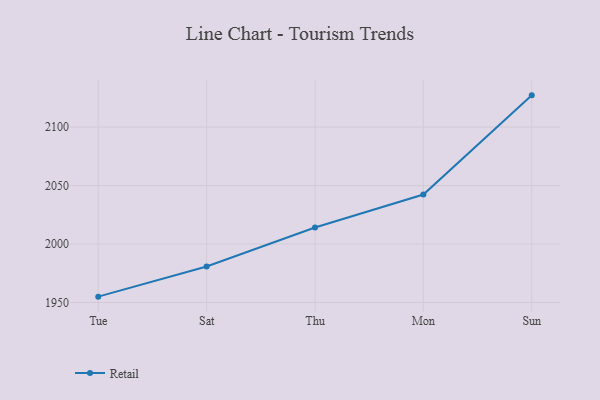
{"axis": {"x": "Day", "y": "Bounce Rate (%)"}, "legend": ["Retail"], "data": [{"x": "Tue", "y": 1955.0, "type": "Retail"}, {"x": "Sat", "y": 1980.8, "type": "Retail"}, {"x": "Thu", "y": 2014.1, "type": "Retail"}, {"x": "Mon", "y": 2042.3, "type": "Retail"}, {"x": "Sun", "y": 2127.1, "type": "Retail"}]}